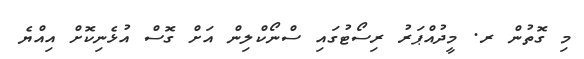
މި ގޮތުން ރ. މީދުއްޕަރު ރިސޯޓުގައި ސްނޯކްލިން އަށް ގޮސް އުޅެނިކޮށް އިއްޔެ